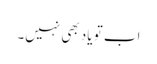
اب تو یاد بھی نہیں۔